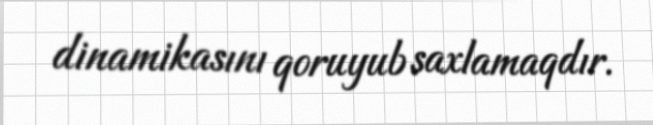
dinamikasını qoruyub saxlamaqdır.